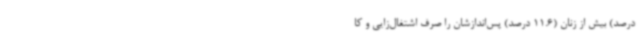
درصد) بیش از زنان (11.6 درصد) پس‌اندازشان را صرف اشتغال‌زایی و کا